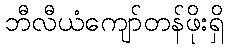
ဘီလီယံကျော်တန်ဖိုးရှိ